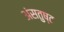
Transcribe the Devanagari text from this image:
अंसतुष्ट